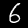
Label: 6